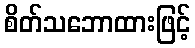
စိတ်သဘောထားဖြင့်